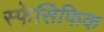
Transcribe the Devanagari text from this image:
स्फेसिफिक